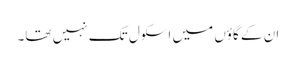
ان کے گاؤں میں اسکول تک نہیں تھا۔